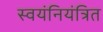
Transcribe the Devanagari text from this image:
स्वयंनियंत्रित